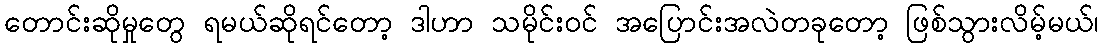
တောင်းဆိုမှုတွေ ရမယ်ဆိုရင်တော့ ဒါဟာ သမိုင်းဝင် အပြောင်းအလဲတခုတော့ ဖြစ်သွားလိမ့်မယ်၊